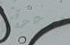
لدعوتي